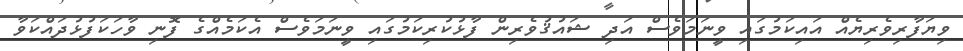
ވިޔަފާރިވެރިޔެއް އައިކަމުގައި ވީނަމަވެސް އަދި ޝައުޤުވެރިން ފާޅުކުރިކަމުގައި ވީނަމަވެސް އެކަމެއްގެ ފޮނި ވާހަކަފުޅުދައްކަވާ